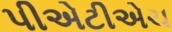
પીએટીએચ